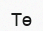
Тө